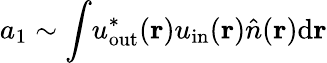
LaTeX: a_{1}\sim\int\! u_{\mathrm{out}}^{*}(\mathbf{r})u_{\mathrm{in}}(\mathbf{r})\hat{n}(\mathbf{r})\mathrm{d}\mathbf{r}